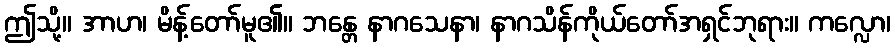
ဤသို့။ အာဟ၊ မိန့်တော်မူ၏။ ဘန္တေ နာဂသေနာ၊ နာဂသိန်ကိုယ်တော်အရှင်ဘုရား။ ကလ္လော၊